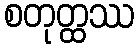
စတုတ္ထဿ